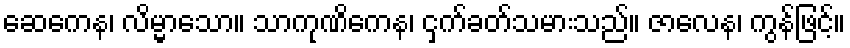
ဆေကေန၊ လိမ္မာသော။ သာကုဏိကေန၊ ငှက်ခတ်သမားသည်။ ဇာလေန၊ ကွန်ဖြင့်။